Indian journal of veterinary science and animal husbandry - Volume 13,
Year: 1943
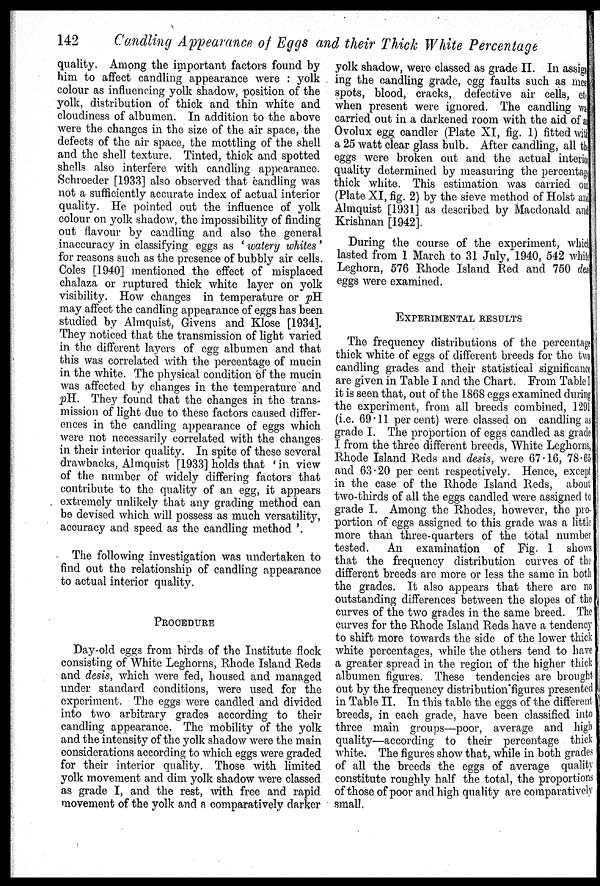
142
Candling Appearance of Eggs and their Thick White Percentage
quality. Among the important factors found by
him to affect candling appearance were : yolk
colour as influencing yolk shadow, position of the
yolk, distribution of thick and thin white and
cloudiness of albumen. In addition to the above
were the changes in the size of the air space, the
defects of the air space, the mottling of the shell
and the shell texture. Tinted, thick and spotted
shells also interfere with candling appearance.
Schroeder [1933] also observed that candling was
not a sufficiently accurate index of actual interior
quality He pointed out the influence of yolk
colour on yolk shadow, the impossibility of finding
out flavour by candling and also the general
inaccuracy in classifying eggs as 'watery whites'
for reasons such as the presence of bubbly air cells.
Coles [1940] mentioned the effect of misplaced
chalaza or ruptured thick white layer on yolk
visibility. How changes in temperature or pH
may affect the candling appearance of eggs has been
studied by Almquist, Givens and Klose [1934].
They noticed that the transmission of light varied
in the different layers of egg albumen and that
this was correlated with the percentage of mucin
in the white. The physical condition of the mucin
was affected by changes in the temperature and
pH. They found that the changes in the trans-
mission of light due to these factors caused differ-
ences in the candling appearance of eggs which
were not necessarily correlated with the changes
in their interior quality. In spite of these several
drawbacks, Almquist [1933] holds that 'in view
of the number of widely differing factors that
contribute to the quality of an egg, it appears
extremely unlikely that any grading method can
be devised which will possess as much versatility,
accuracy and speed as the candling method '.
The following investigation was undertaken to
find out the relationship of candling appearance
to actual interior quality.
PROCEDURE
Day-old eggs from birds of the Institute flock
consisting of White Leghorns, Rhode Island Reds
and desis, which were fed, housed and managed
under standard conditions, were used for the
experiment. The eggs were candled and divided
into two arbitrary grades according to their
candling appearance. The mobility of the yolk
and the intensity of the yolk shadow were the main
considerations according to which eggs were graded
for their interior quality. Those with limited
yolk movement and dim yolk shadow were classed
as grade I, and the rest, with free and rapid
movement of the yolk and a comparatively darker
yolk shadow, were classed as grade II. In assign
ing the candling grade, egg faults such as mean
spots, blood, cracks, defective air cells, etc
when present were ignored. The candling was
carried out in a darkened room with the aid of at
Ovolux egg candler (Plate XI, fig. 1) fitted with
a 25 watt clear glass bulb. After candling, all the
eggs were broken out and the actual interior
quality determined by measuring the percentage
thick white. This estimation was carried out
(Plate XI, fig. 2) by the sieve method of Holst and
Almquist [1931] as described by Macdonald and
Krishnan [1942].
During the course of the experiment, which
lasted from 1 March to 31 July, 1940, 542 white
Leghorn, 576 Rhode Island Red and 750 desi
eggs were examined.
EXPERIMENTAL RESULTS
The frequency distributions of the percentage
thick white of eggs of different breeds for the two
candling grades and their statistical significance
are given in Table I and the Chart. From Table I
it is seen that, out of the 1868 eggs examined during
the experiment, from all breeds combined, 1291
(i.e. 69.11 per cent) were classed on candling as
grade I. The proportion of eggs candled as grade
I from the three different breeds, White Leghorns,
Rhode Island Reds and desis, were 67.16, 78.65
and 63.20 per cent respectively. Hence, except
in the case of the Rhode Island Reds, about
two-thirds of all the eggs candled were assigned to
grade I. Among the Rhodes, however, the pro-
portion of eggs assigned to this grade was a little
more than three-quarters of the total number
tested.
An examination of Fig. 1 shows
that the frequency distribution curves of the
different breeds are more or less the same in both
the grades. It also appears that there are no
outstanding differences between the slopes of the
curves of the two grades in the same breed. The
curves for the Rhode Island Reds have a tendency
to shift more towards the side of the lower thick
white percentages, while the others tend to have
a greater spread in the region of the higher thick
albumen figures. These tendencies are brought
out by the frequency distribution figures presented
in Table II. In this table the eggs of the different
breeds, in each grade, have been classified into
three main groups—poor, average and high
quality—according to their percentage thick
white. The figures show that, while in both grades
of all the breeds the eggs of average quality
constitute roughly half the total, the proportions
of those of poor and high quality are comparatively
small.